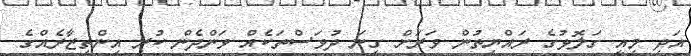
އަދި މިއީ ގަލޮޅުގެ ރައްޔިތުން ވަރަށް ގިނަ ދުވަސްތަކެއް ވަންދެން ކުރި އިންތިޒާރެއްގެ